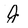
Character: J